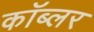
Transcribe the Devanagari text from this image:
कॉब्लर